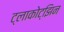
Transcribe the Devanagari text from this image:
ट्लाकोट्झिन